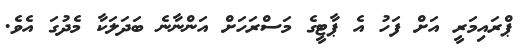
ޕްރައިމަރީ އަށް ފަހު އެ ޕާޓީގެ މަސްރަހަށް އަންނާނެ ބަދަލަކާ މެދުގަ އެވެ.